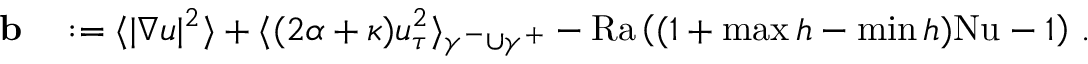
\begin{array} { r l } { \mathbf { b } } & { { } : = \langle | \nabla u | ^ { 2 } \rangle + \langle ( 2 \alpha + \kappa ) u _ { \tau } ^ { 2 } \rangle _ { \gamma ^ { - } \cup \gamma ^ { + } } - \mathrm { { R a } } \left( ( 1 + \operatorname* { m a x } h - \operatorname* { m i n } h ) \mathrm { { N u } } - 1 \right) \, . } \end{array}